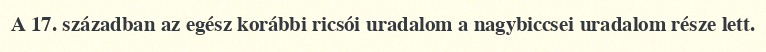
A 17. században az egész korábbi ricsói uradalom a nagybiccsei uradalom része lett.